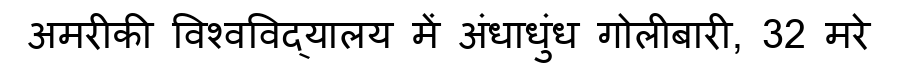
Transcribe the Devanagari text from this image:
अमरीकी विश्वविद्यालय में अंधाधुंध गोलीबारी, 32 मरे